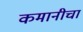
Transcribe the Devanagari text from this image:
कमानीचा